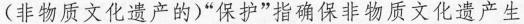
(非物质文化遗产的)”保护”指确保非物质文化遗产生